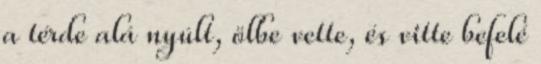
a térde alá nyúlt, ölbe vette, és vitte befelé